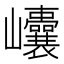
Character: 𡿝